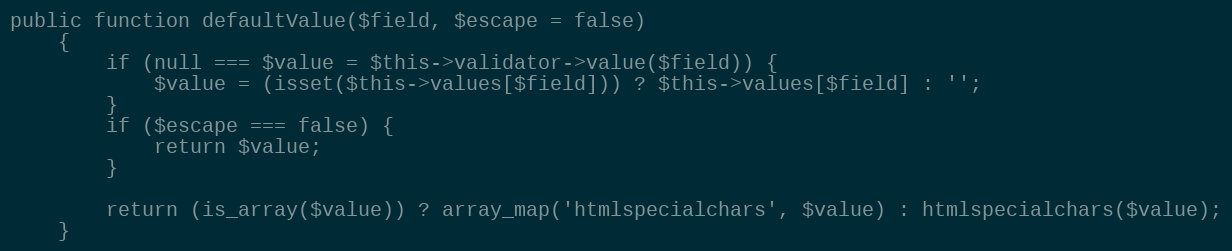
Language: PHP
public function defaultValue($field, $escape = false)
    {
        if (null === $value = $this->validator->value($field)) {
            $value = (isset($this->values[$field])) ? $this->values[$field] : '';
        }
        if ($escape === false) {
            return $value;
        }

        return (is_array($value)) ? array_map('htmlspecialchars', $value) : htmlspecialchars($value);
    }